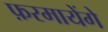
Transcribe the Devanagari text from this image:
फ़रमायेंगे